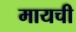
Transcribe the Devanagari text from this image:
मायची